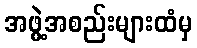
အဖွဲ့အစည်းများထံမှ